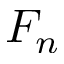
F _ { n }